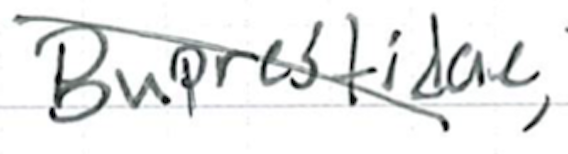
Text: Buprestidae,
Cross-out: diagonal
Writing tool: ballpoint